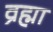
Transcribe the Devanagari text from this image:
व्रह्मा